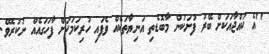
"އެ ކުއްޖާއަކަށް ބޭރު ފުށަކުން މާބޮޑެތި އަނިޔާތަކެއް ވެފައި ހުރިކަމަކަށް ފާހަގައެއް ނުކުރެވޭ.